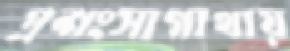
প্রশংসাগাথায়